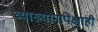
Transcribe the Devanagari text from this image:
व्याख्यानापेक्षाही